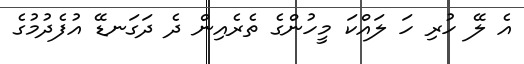
އެ ލޭ ހުރި ހަ ލައްކަ މީހުންގެ ތެރެއިން ދެ ދަގަނޑޭ އުފެދުމުގެ